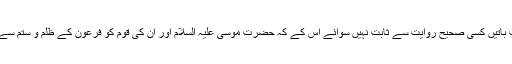
لیکن یہ سب باتیں کسی صحیح روایت سے ثابت نہیں سوائے اس کے کہ حضرت موسٰی علیہ السلام اور ان کی قوم کو فرعون کے ظلم و ستم سے نجات ملی۔